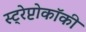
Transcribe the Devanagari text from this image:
स्ट्रेप्टोकॉकी